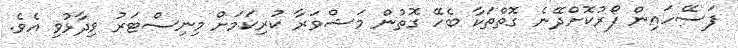
ފަސޭހައިން ފޯރުކޮށްދޭނެ ގޮތްތަކާ ބެހޭ ގޮތުން މަޝްވަރާ ކުރިކަމަށް މިނިސްޓަރު ވިދާޅުވި އެވެ.